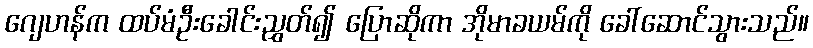
ဂျေဟန်က ထပ်မံဦးခေါင်းညွှတ်၍ ပြောဆိုကာ အိုမာခယမ်ကို ခေါ်ဆောင်သွားသည်။